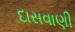
દાસવાણી